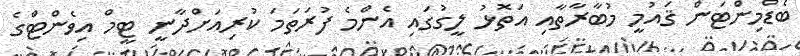
ބެޑްމިންޓަން ޤައުމީ މުބާރާތާއި އަތޮޅު ލީގުގައި އެންމެ ފުރަތަމަ ކުރިއަށްދާނީ ޓީމް އިވެންޓްގެ